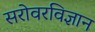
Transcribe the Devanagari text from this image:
सरोवरविज्ञान